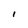
Character: I